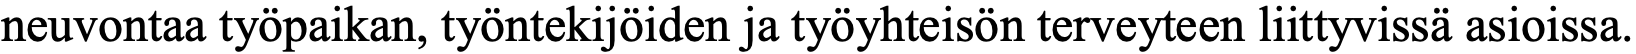
neuvontaa työpaikan, työntekijöiden ja työyhteisön terveyteen liittyvissä asioissa.